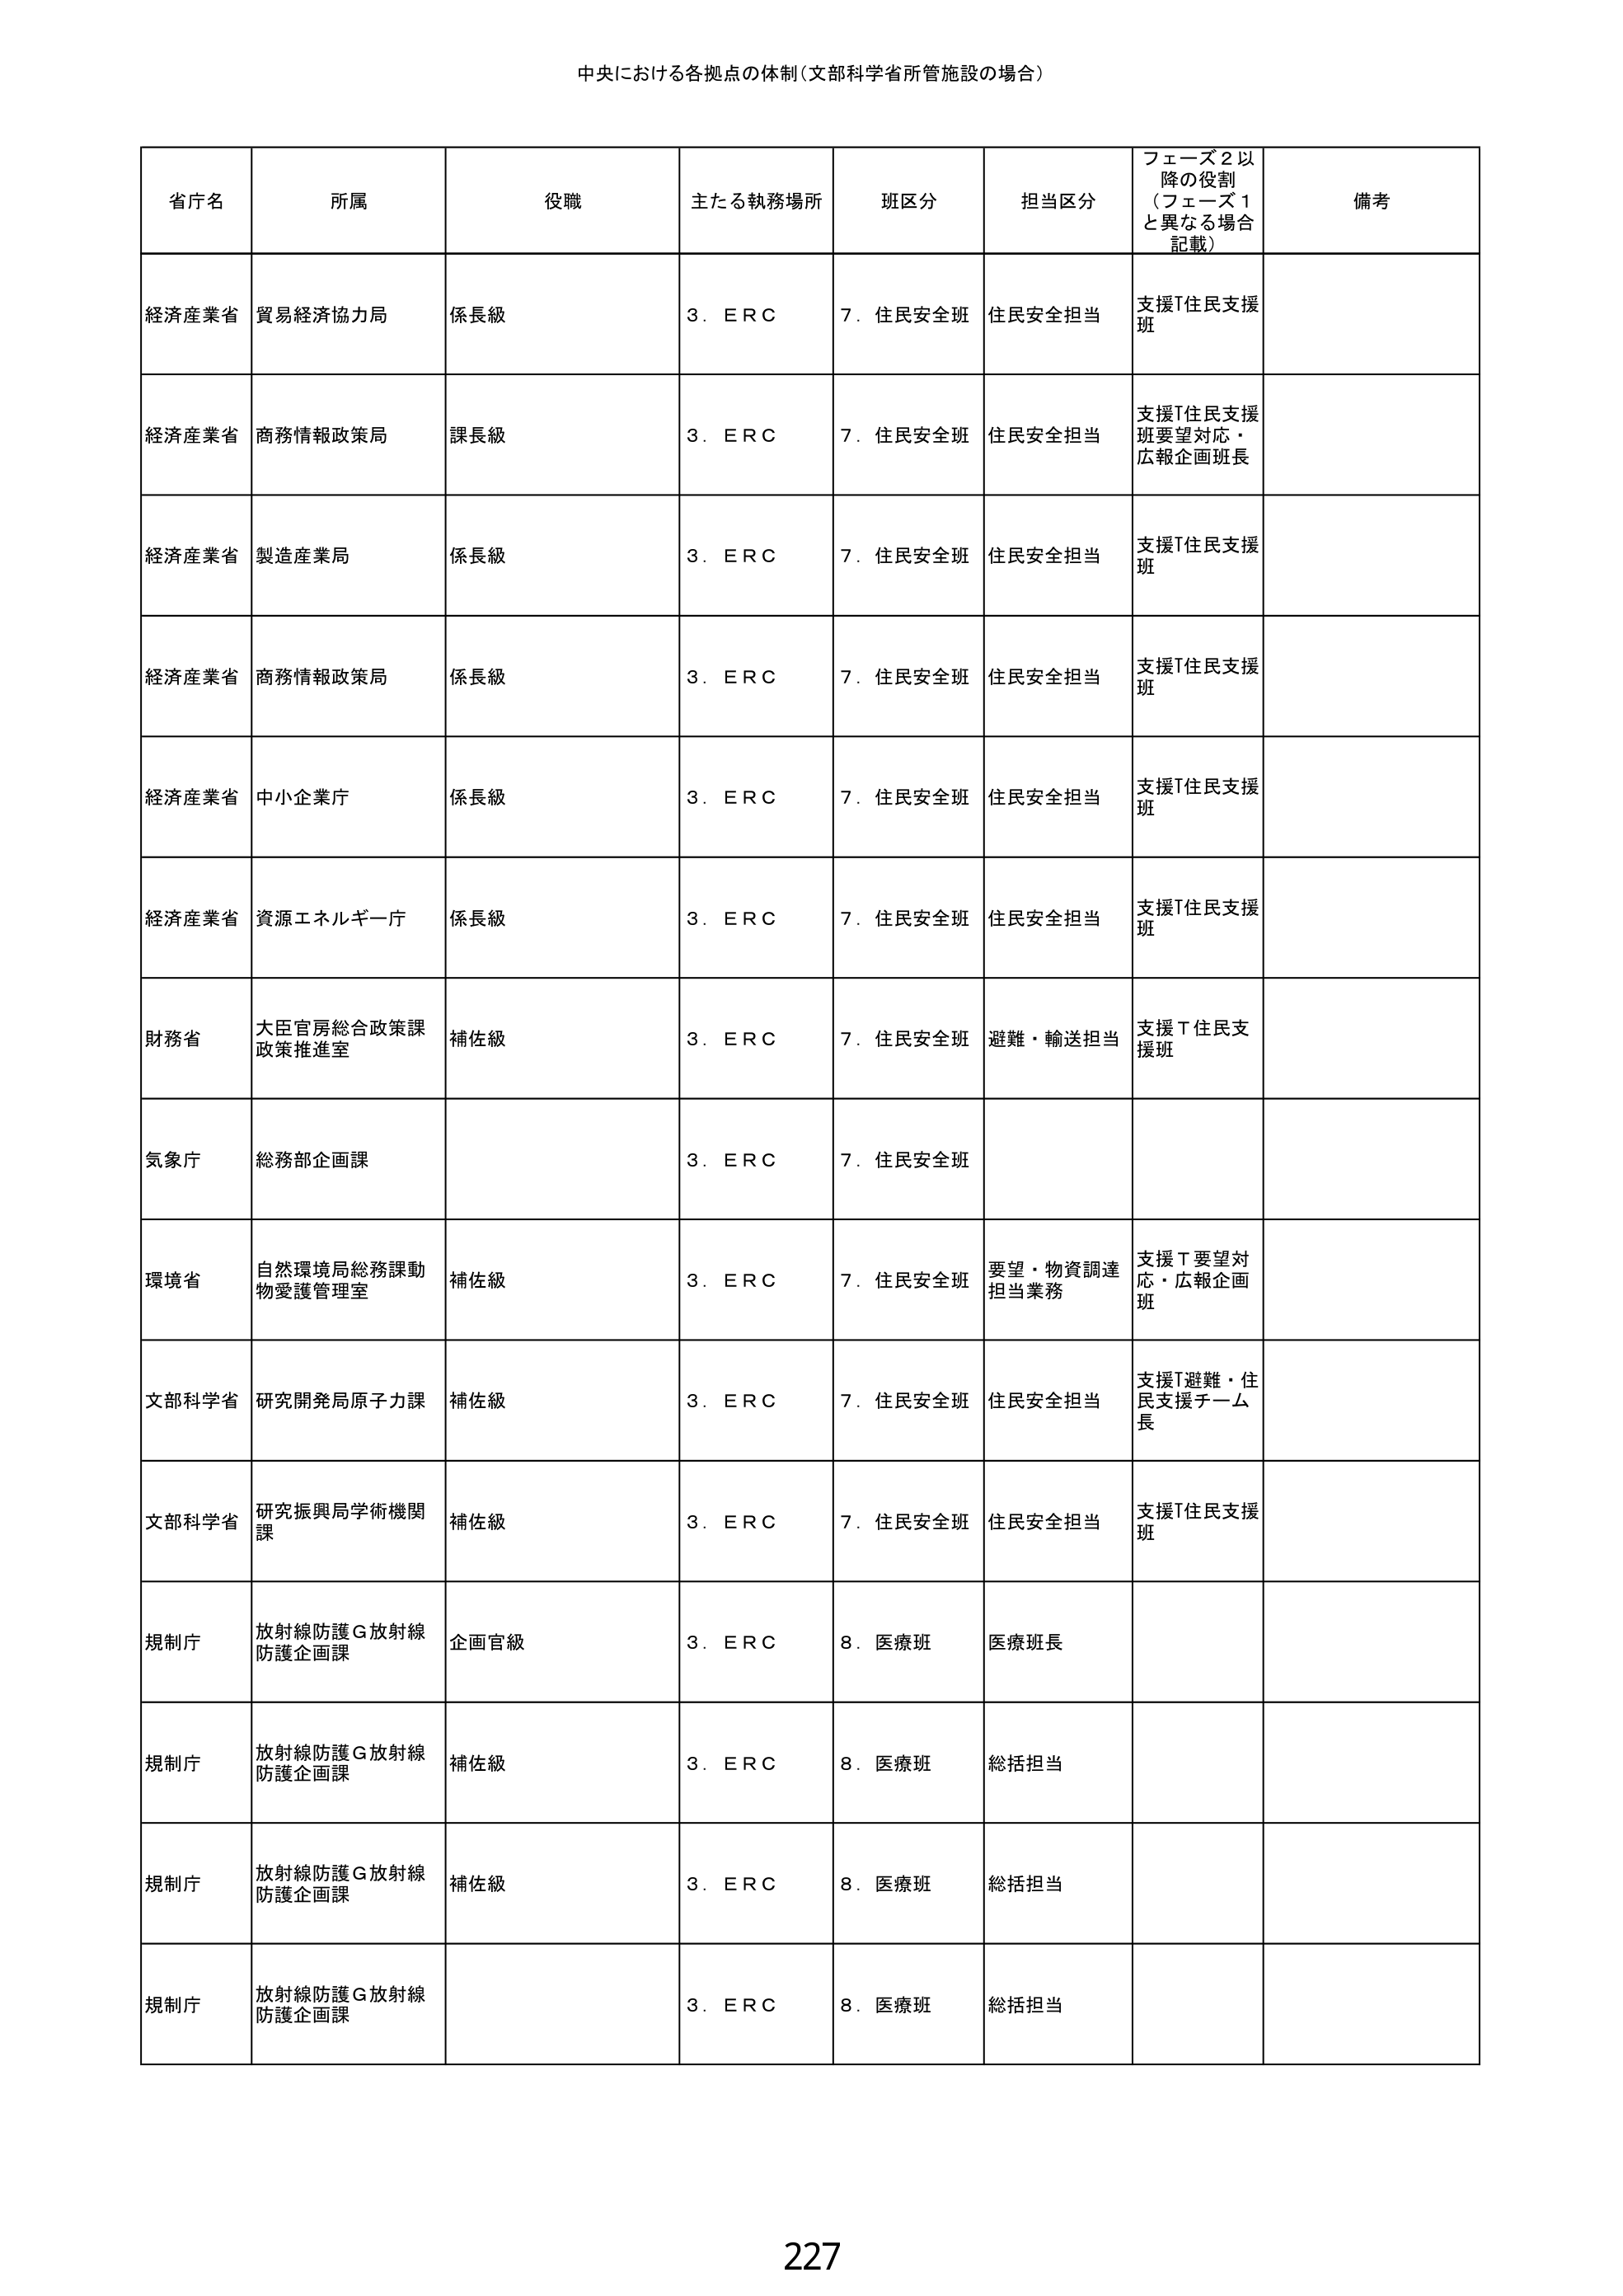
中央における各拠点の体制（文部科学省所管施設の場合）

省庁名　所属　役職　主たる執務場所　班区分　担当区分　フェーズ2以降の役割（フェーズ1と異なる場合記載）　備考

経済産業省　貿易経済協力局　係長級　3．ＥＲＣ　7．住民安全班　住民安全担当　支援T住民支援班

経済産業省　商務情報政策局　課長級　3．ＥＲＣ　7．住民安全班　住民安全担当　支援T住民支援班要望対応・広報企画班長

経済産業省　製造産業局　係長級　3．ＥＲＣ　7．住民安全班　住民安全担当　支援T住民支援班

経済産業省　商務情報政策局　係長級　3．ＥＲＣ　7．住民安全班　住民安全担当　支援T住民支援班

経済産業省　中小企業庁　係長級　3．ＥＲＣ　7．住民安全班　住民安全担当　支援T住民支援班

経済産業省　資源エネルギー庁　係長級　3．ＥＲＣ　7．住民安全班　住民安全担当　支援T住民支援班

財務省　大臣官房総合政策課政策推進室　補佐級　3．ＥＲＣ　7．住民安全班　避難・輸送担当　支援T住民支援班

気象庁　総務部企画課　　3．ＥＲＣ　7．住民安全班

環境省　自然環境局総務課動物愛護管理室　補佐級　3．ＥＲＣ　7．住民安全班　要望・物資調達担当業務　支援T要望対応・広報企画班

文部科学省　研究開発局原子力課　補佐級　3．ＥＲＣ　7．住民安全班　住民安全担当　支援T避難・住民支援チーム長

文部科学省　研究振興局学術機関課　補佐級　3．ＥＲＣ　7．住民安全班　住民安全担当　支援T住民支援班

規制庁　放射線防護Ｇ放射線防護企画課　企画官級　3．ＥＲＣ　8．医療班　医療班長

規制庁　放射線防護Ｇ放射線防護企画課　補佐級　3．ＥＲＣ　8．医療班　総括担当

規制庁　放射線防護Ｇ放射線防護企画課　補佐級　3．ＥＲＣ　8．医療班　総括担当

規制庁　放射線防護Ｇ放射線防護企画課　　3．ＥＲＣ　8．医療班　総括担当

227